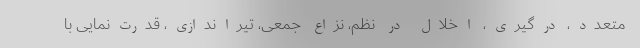
متعدد، درگیری، اخلال در نظم، نزاع ‌جمعی، تیراندازی، قدرت‌نمایی با